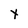
Character: x